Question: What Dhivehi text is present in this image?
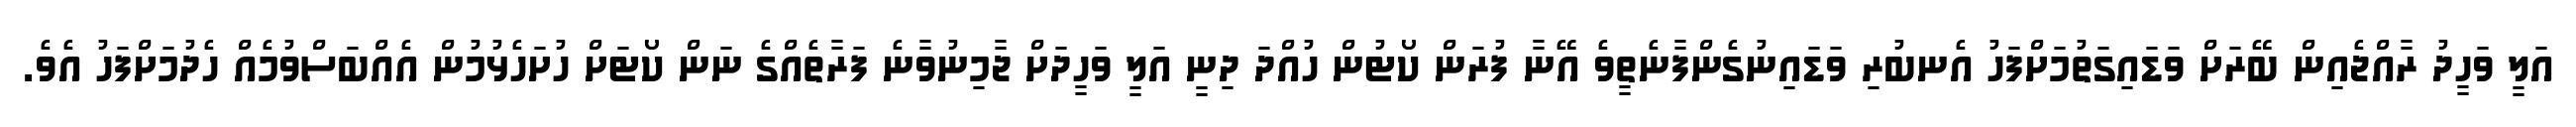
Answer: އަލީ ވަހީދު ރާއްޖެއިން ބޭރަށް ވަޑައިގަތުމަށްފަހު އެނބުރި ވަޑައިނުގެންފާނެތީވެ އޭނާ ފުރަން ކޯޓުން ހުއްދަ ދިނީ އަލީ ވަހީދަށް ޖާމިނުވާނެ ފަރާތެއްގެ ނަން ކޯޓަށް ހުށަހެޅުމުން އެއްބަސްވުމެއް ހެދުމަށްފަހު އެވެ.